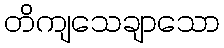
တိကျသေချာသော